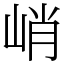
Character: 峭